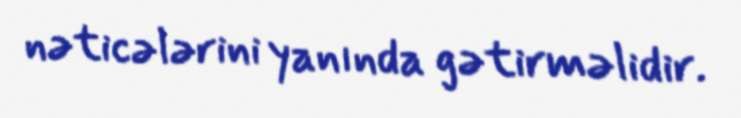
nəticələrini yanında gətirməlidir.